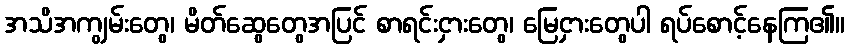
အသိအကျွမ်းတွေ၊ မိတ်ဆွေတွေအပြင် စာရင်းငှားတွေ၊ မြေငှားတွေပါ ရပ်စောင့်နေကြ၏။